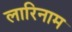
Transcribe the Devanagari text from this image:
लारिनाम